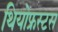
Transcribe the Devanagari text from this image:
थियोफ्रस्टस